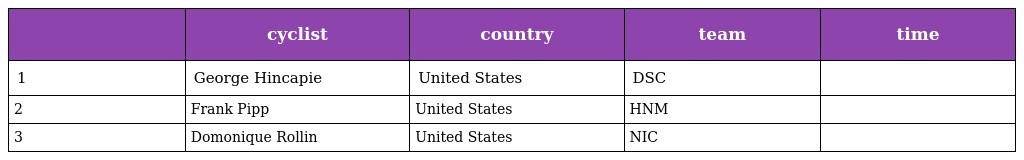
|  | cyclist | country | team | time |
 | --- | --- | --- | --- | --- |
 | 1 | George Hincapie | United States | DSC |  |
 | 2 | Frank Pipp | United States | HNM |  |
 | 3 | Domonique Rollin | United States | NIC |  |